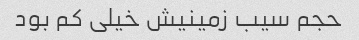
حجم سیب زمینیش خیلی کم بود